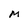
Character: M